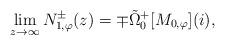
LaTeX: \begin{align*}\lim\limits_{z \rightarrow \infty} N_{1,\varphi}^{\pm}(z) = \mp \tilde{\Omega}_{0}^{+}[M_{0,\varphi}](i),\end{align*}